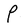
Character: P